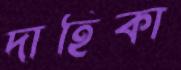
দাহিকা